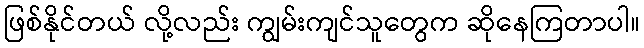
ဖြစ်နိုင်တယ် လို့လည်း ကျွမ်းကျင်သူတွေက ဆိုနေကြတာပါ။